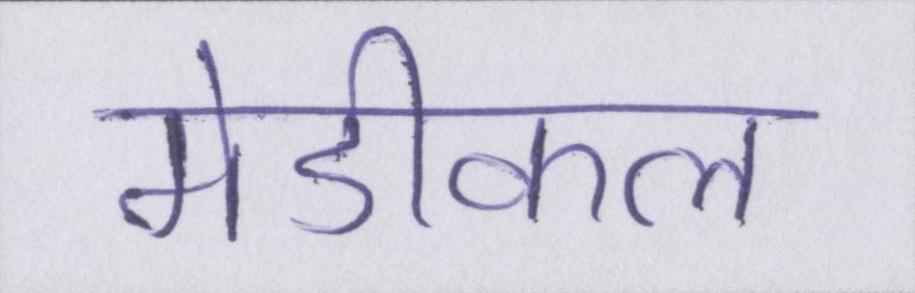
मेडीकल